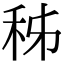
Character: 秭